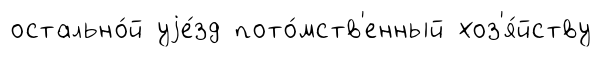
остально́й уjе́зд пото́мств'енный хоз'я́йству